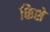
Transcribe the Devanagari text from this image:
किशे